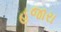
હજારા